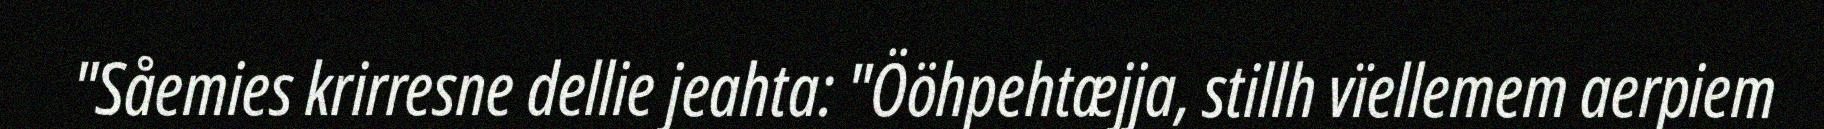
"Såemies krirresne dellie jeahta: "Ööhpehtæjja, stillh vïellemem aerpiem